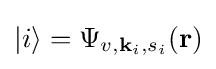
|i\rangle =\Psi _{v,{\textbf {k}}_{i},s_{i}}({\textbf {r}})